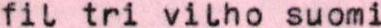
fil tri vilho suomi